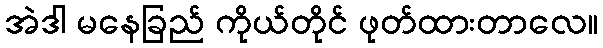
အဲဒါ မနေခြည် ကိုယ်တိုင် ဖုတ်ထားတာလေ။